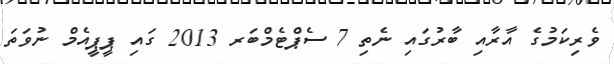
ވެރިކަމުގެ އާރާއި ބާރުގައި ނެތި 7 ސެޕްޓެމްބަރ 2013 ގައި ޕީޕީއެމް ނުވަތަ